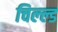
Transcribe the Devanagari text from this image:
चिल्ल्ड